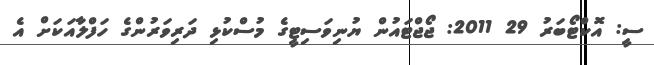
ސީ: އޮކްޓޯބަރު 29 2011: ޖޯޖްޓައުން ޔުނިވަސިޓީގެ މުސްކުޅި ދަރިވަރުންގެ ހަފްލާއަކަށް އެ